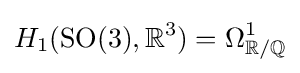
H_{1}(\operatorname {SO} (3),\mathbb {R} ^{3})=\Omega _{\mathbb {R} /\mathbb {Q} }^{1}